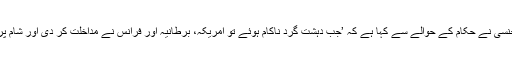
شام کی سرکاری خبر رساں ایجنسی نے حکام کے حوالے سے کہا ہے کہ ’جب دہشت گرد ناکام ہوئے تو امریکہ، برطانیہ اور فرانس نے مداخلت کر دی اور شام پر جارحیت پر کمربستہ ہو گئے۔